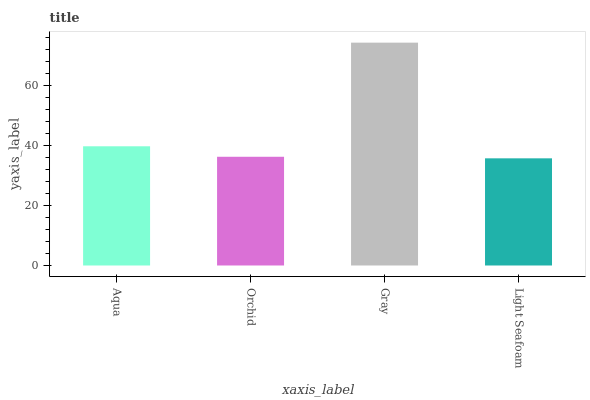
| xaxis_label | bars |
 | --- | --- |
 | Aqua | 39.7 |
 | Orchid | 36.2 |
 | Gray | 74.2 |
 | Light Seafoam | 35.7 |